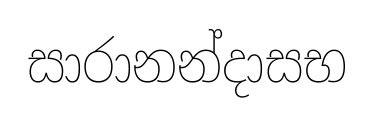
සාරානන්දාසභ